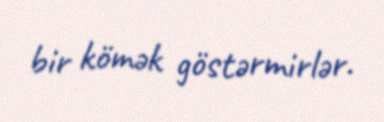
bir kömək göstərmirlər.